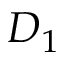
D _ { 1 }